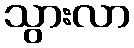
သွားလာ